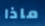
ماذا